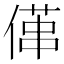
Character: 𠍔